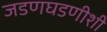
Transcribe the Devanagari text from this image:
जडणघडणीशी